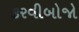
કરવીબોજો